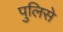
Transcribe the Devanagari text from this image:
पुलिसे